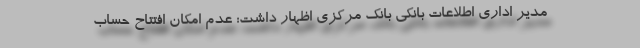
مدیر اداری اطلاعات بانکی بانک مرکزی اظهار داشت: عدم امکان افتتاح حساب